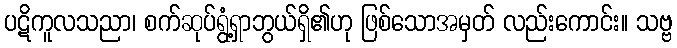
ပဋိကူလသညာ၊ စက်ဆုပ်ရွံ့ရှာဘွယ်ရှိ၏ဟု ဖြစ်သောအမှတ် လည်းကောင်း။ သဗ္ဗ